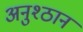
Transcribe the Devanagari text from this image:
अनुश्ठान